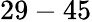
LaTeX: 29-45